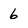
Character: 6